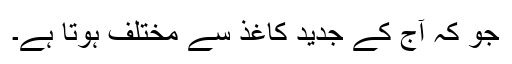
جو کہ آج کے جدید کاغذ سے مختلف ہوتا ہے۔